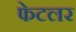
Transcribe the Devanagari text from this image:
फेटलर